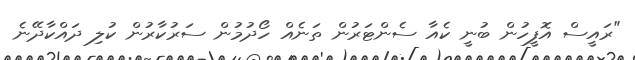
"ރައީސް އޮފީހުން ބުނީ ކެއާ ސެންޓަރުން ތަނެއް ހޯދުމުން ސަރުކާރުން ކުލި ދައްކާދޭނެ